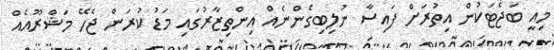
މިއީ ބަޖެޓަކުން އިތުރަށް ފައިސާ ނުލިބިގެންނެއް އިންތިޒާރުގައި މަޑު ކުރަން ޖެހޭ މަޝްރޫއެއް